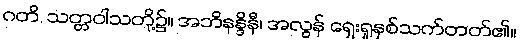
ဂတိ, သတ္တဝါသတို့၌။ အဘိနန္ဒိနီ၊ အလွန် ရှေးရှုနှစ်သက်တတ်၏။